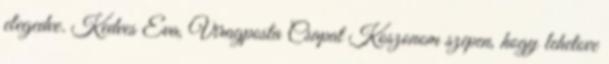
elegedve. Kedves Eva, Viragposta Csapat Koszonom szepen, hogy lehetove